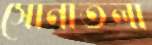
সোনাতলা